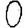
Digit: 0